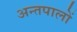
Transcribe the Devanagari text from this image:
अन्तपालों